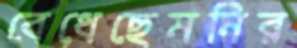
বেধেছেমনির